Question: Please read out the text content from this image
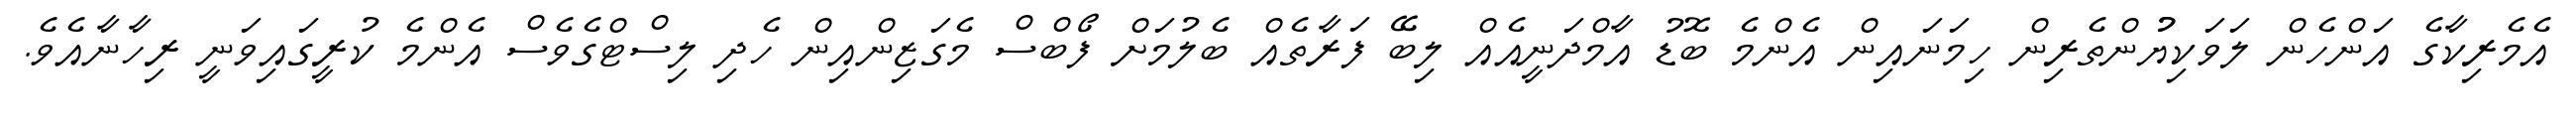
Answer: އެމެރިކާގެ އަންހެން ލަވަކިޔުުންތެރިން ހިމަނައިން އެންމެ ބޮޑު އާމްދަނީއެއް ލިބޭ ފަރާތެއް ބެލުމަށް ފޯބްސް މެގަޒިންއިން ހެދި ލިސްޓްގެވެސް އެންމެ ކުރީގައިވަނީ ރިހާނާއެވެ.